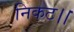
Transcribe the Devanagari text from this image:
निकट।।